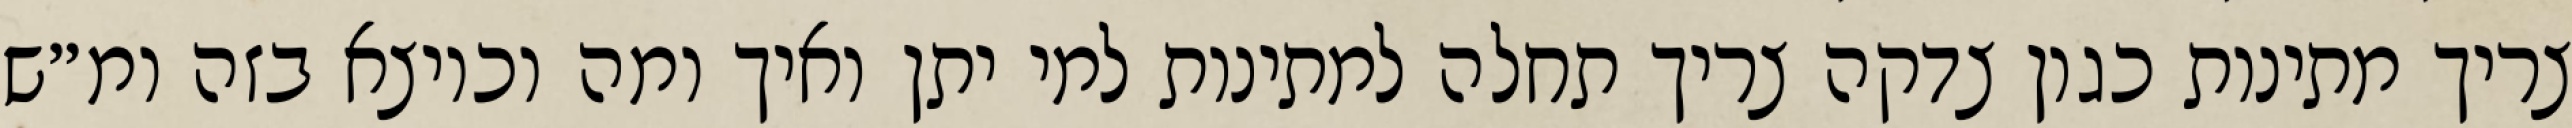
צריך מתינות כגון צדקה צריך תחלה למתינות למי יתן ואיך ומה וכיוצא בזה ומ״ש